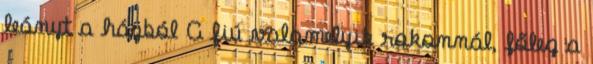
leányt a házból A fiú valamelyik rokonnál, főleg a